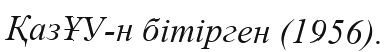
ҚазҰУ-н бітірген (1956).